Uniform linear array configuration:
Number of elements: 48
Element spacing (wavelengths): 1
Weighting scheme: binomial
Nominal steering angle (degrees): -60
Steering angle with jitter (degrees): -61.233
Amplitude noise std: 0.05
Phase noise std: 0.05

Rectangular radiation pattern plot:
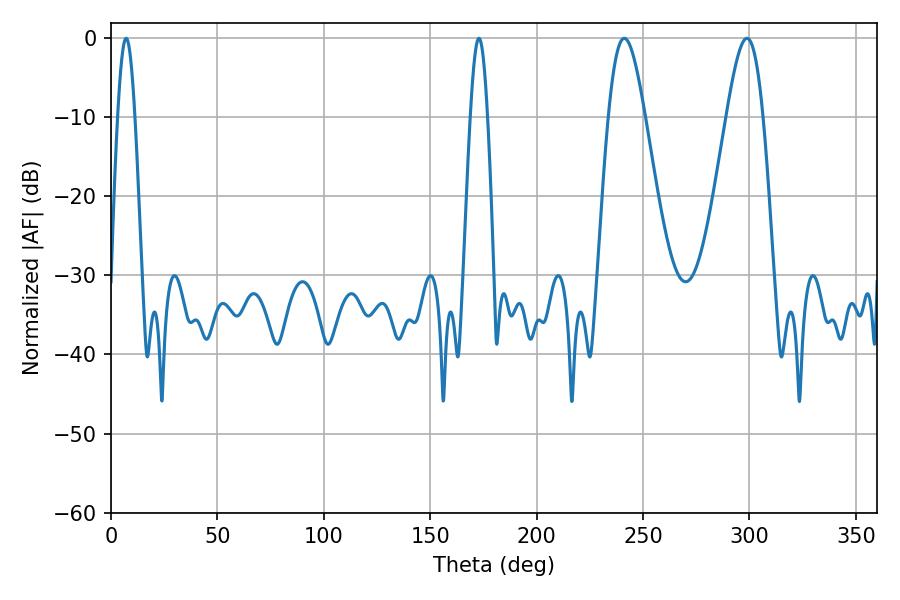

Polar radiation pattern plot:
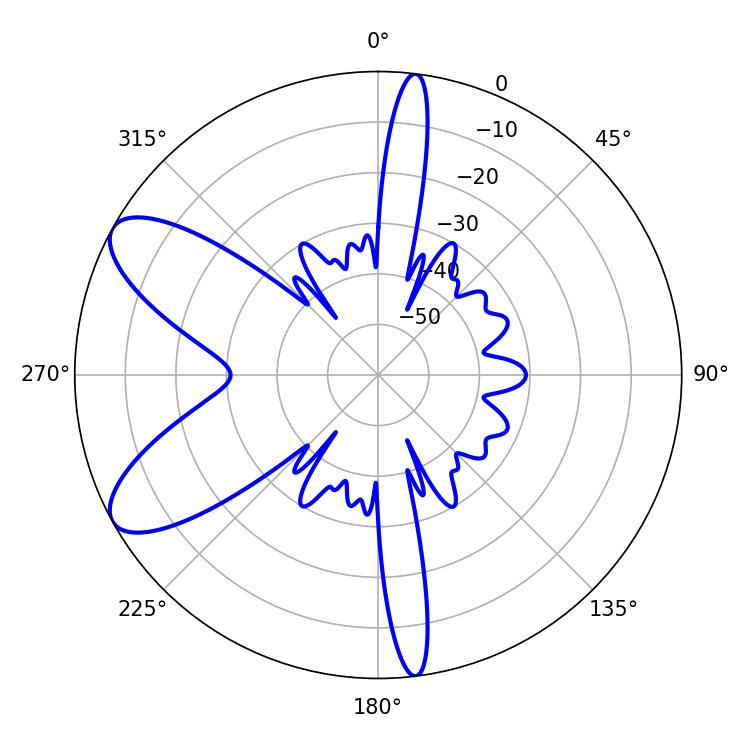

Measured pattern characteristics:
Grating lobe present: TRUE
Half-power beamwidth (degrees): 9.18
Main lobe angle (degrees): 241.2